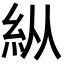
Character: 𥾺